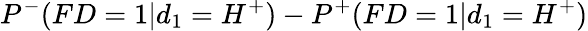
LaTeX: P^{-}(FD=1|d_{1}=H^{+})-P^{+}(FD=1|d_{1}=H^{+})